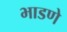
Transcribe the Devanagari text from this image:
भाडणे